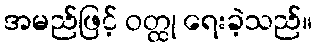
အမည်ဖြင့် ဝတ္ထု ရေးခဲ့သည်။